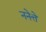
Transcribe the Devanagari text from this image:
ननेत्ते